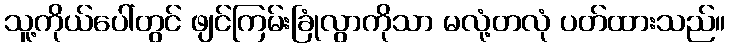
သူ့ကိုယ်ပေါ်တွင် ဖျင်ကြမ်းခြုံလွာကိုသာ မလုံ့တလုံ ပတ်ထားသည်။